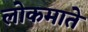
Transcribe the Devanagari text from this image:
लोकमाते